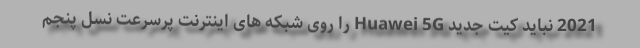
2021 نباید کیت جدید Huawei 5G را روی شبکه های اینترنت پرسرعت نسل پنجم